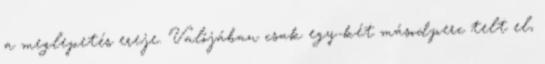
a meglepetés ereje. Valójában csak egy-két másodperc telt el,